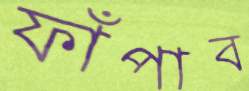
ফাঁপাব